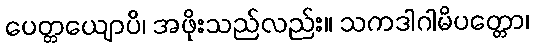
ပေတ္တယျောပိ၊ အဖိုးသည်လည်း။ သကဒါဂါမိပတ္တော၊